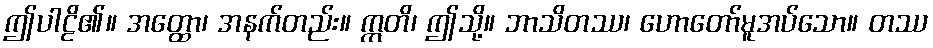
ဤပါဠိ၏။ အတ္ထော၊ အနက်တည်း။ ဣတိ၊ ဤသို့။ ဘာသိတဿ၊ ဟောတော်မူအပ်သော။ တဿ